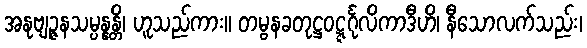
အနုဗျဉ္ဇနသမ္ပန္နန္တိ၊ ဟူသည်ကား။ တမ္ဗနခတုဋ္ဌဝဋ္ဋင်္ဂုလိကာဒီဟိ၊ နီသောလက်သည်း၊